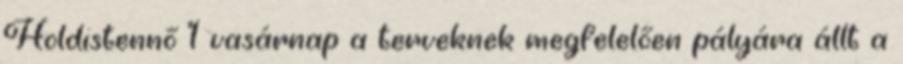
Holdistennő 1 vasárnap a terveknek megfelelően pályára állt a